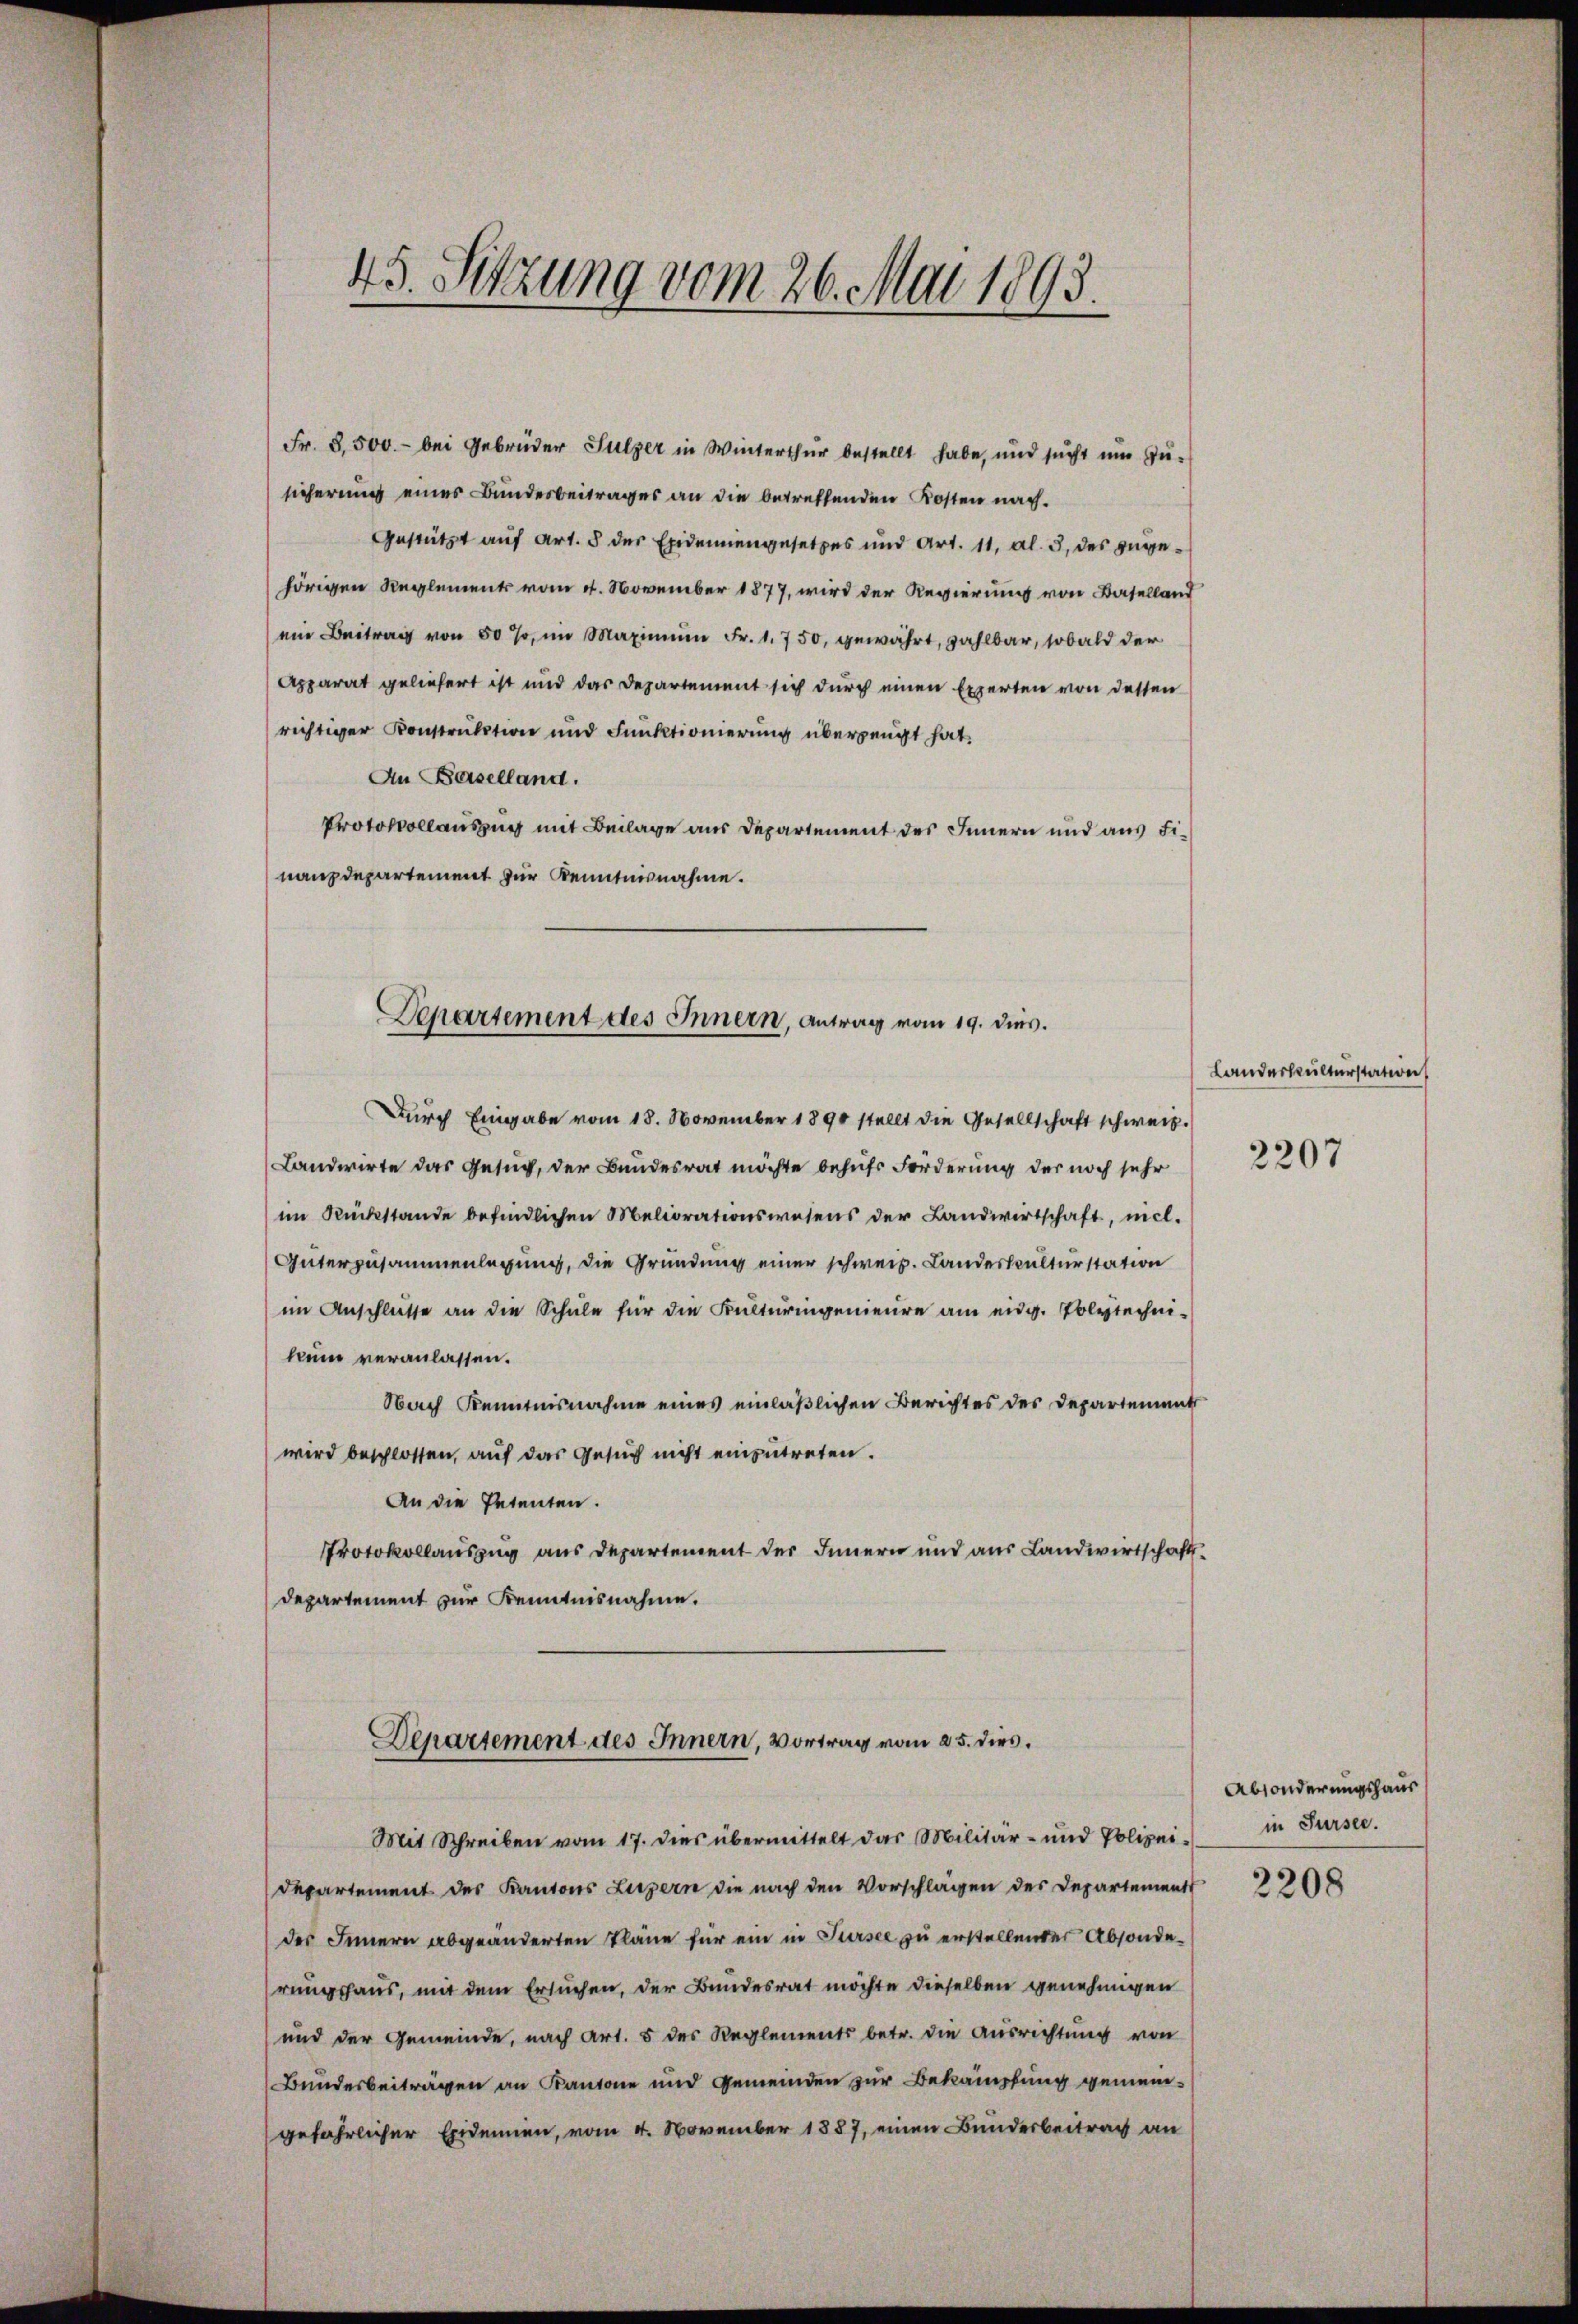
45. Sitzung vom 26. Mai 1893.

Fr. 8,500.- bei Gebrüder Sulzer in Winterthur bestellt habe, und sucht um Zu-
sicherung eines Bundesbeitrages an die betreffenden Kosten nach¬
Gestützt auf Art. 5 der Exdennengesetzes und Art. 11, Al. 3, des zugehörigen Reglements vom 4. November 1877, wird der Regierung von Baselland
ein Beitrag von 50 %, im Maximŭm Fr. 1. 750, gewährt, zahlbar, sobald der
Apparat geliefert ist und das Departement sich durch einen Experten von dessen
richtiger Konstruktion und Funktionierung überzeugt hat.
An Baselland.
Protokollauszug mit Beilage aus Departement des Innern und aus Finanzdepartement zur Kenntnisnahme.
Landwirte das Gesuch, der Bundesrat möchte behufs Forderung der noch sehr
im Rückstände befindlichen Meliorationswesens der Landwirtschaft, nich
Güterzusammenlegung, die Gründung einer schweiz. Landeskulturstation
im Anschlüsse an die Schule für die Kulturingenieure am eidg. Polytechnikum veranlassen.
Nach Kenntnisnahme eines einläßlichen Berichtes des Departement
wird beschlossen, auf das Gesuch nicht einzutreten.
An die Petenten.
Protokollauszug aus Departement des Innern und aus Landwirtschaftsdepartement zur Kenntnisnahme.
Departement des Innern, Vortrag vom 25. dies
Mit Schreiben vom 17. dies übermittelt das Militär- und Polizeidepartement des Kantons Luzern die nach den Vorschlagen des Departements
des Innern abgeänderten Pläne für ein in Sursee zu erstellender Absonderungshaus, mit dem Ersuchen, der Bundesrat möchte dieselben genehmigen
und der Gemeinde, nach Art. 5 des Reglements betr. die Ausrichtung von
Bundesbeiträgen an Kantone und Gemeinden zur Bekämpfung gemeingefährlicher Eidenen, vom 4. November 1887, einen Bundesbeitrag an

Separtement des Innern, Antrag vom 19. dies.

Durch Eingabe vom 18. November 1890 stellt die Gesellschaft schweiz.

Landeskulturstation

2207

Absonderungshaus
in Sursee.

2208